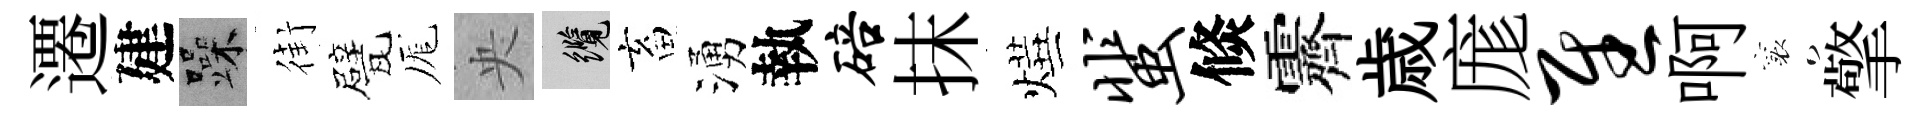
遷建躁街甓厖央纜畜湧執碚抹燁蜚倐霽歳庬慰啊襄擎